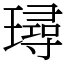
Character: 璕